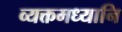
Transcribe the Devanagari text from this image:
व्यक्तमध्यानि